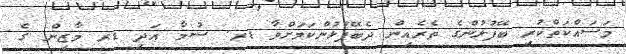
މަސައްކަތްކުރި ބޭފުޅުންގެ ތެރެއިން ދެބޭފުޅުންކަމަށްވާ ޑރ. ސުމާ އަދި ޑރ މާޒިން ގެ